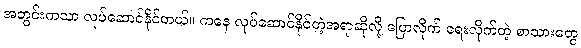
အတွင်းကသာ လုပ်ဆောင်နိုင်တယ်။ ကနေ လုပ်ဆောင်နိုင်တဲ့အရာဆိုလို့ ပြောလိုက် ရေးလိုက်တဲ့ စာသားတွေ